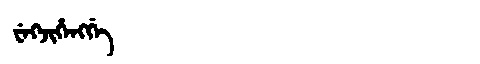
Manchu: ᠸᡝᡴᠵᡳᡥᡝᠩᡤᡝ
Romanization: WEKJIHENGGE